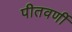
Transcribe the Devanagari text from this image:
पीतवर्णी